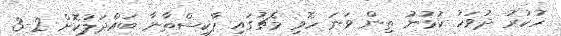
ހުކުރު ދުވަހު ކުޅުނު ތިން ވަނަ ހޮވި މެޗުގައި ޕާކިސްތާނާ ބައްދަލުކޮށް 2-3